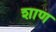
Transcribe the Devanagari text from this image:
शाण